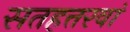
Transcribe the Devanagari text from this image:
सतहत्तरवां